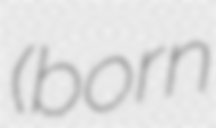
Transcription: (born